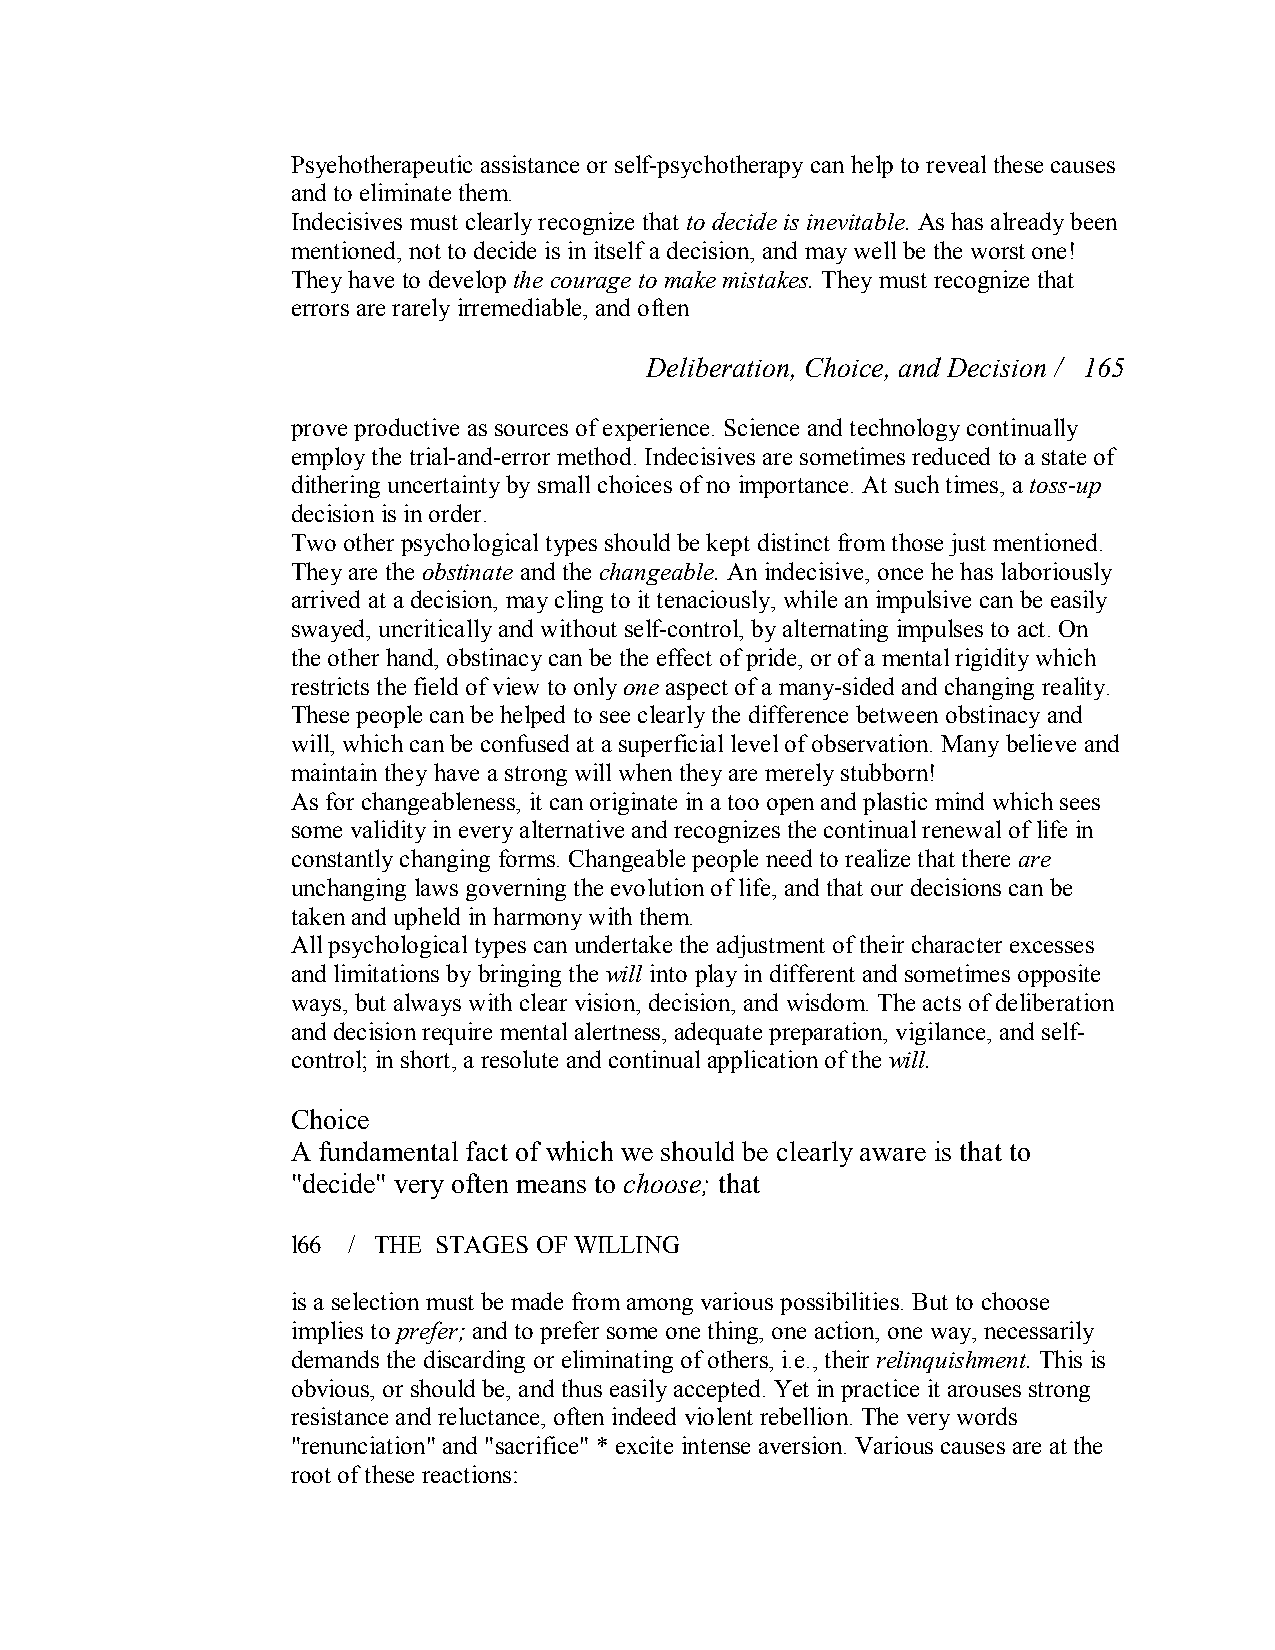
Psyehotherapeutic assistance or self­psychotherapy can help to reveal these causes
 and to eliminate them.
 Indecisives must clearly recognize that to decide is inevitable. As has already been
 mentioned, not to decide is in itself a decision, and may well be the worst one!
 They have to develop the courage to make mistakes. They must recognize that
 errors are rarely irremediable, and often
 Deliberation, Choice, and Decision / 165
 prove productive as sources of experience. Science and technology continually
 employ the trial­and­error method. Indecisives are sometimes reduced to a state of
 dithering uncertainty by small choices of no importance. At such times, a toss­up
 decision is in order.
 Two other psychological types should be kept distinct from those just mentioned.
 They are the obstinate and the changeable. An indecisive, once he has laboriously
 arrived at a decision, may cling to it tenaciously, while an impulsive can be easily
 swayed, uncritically and without self­control, by alternating impulses to act. On
 the other hand, obstinacy can be the effect of pride, or of a mental rigidity which
 restricts the field of view to onlyone aspect of a many­sided and changing reality.
 These people can be helped to see clearly the difference between obstinacy and
 will, which can be confused at a superficial level of observation. Many believe and
 maintain they have a strong will when they are merely stubborn!
 As for changeableness, it can originate in a too open and plastic mind which sees
 some validity in every alternative and recognizes the continual renewal of life in
 constantly changing forms. Changeable people need to realize that there are
 unchanging laws governing the evolution of life, and that our decisions can be
 taken and upheld in harmony with them.
 All psychological types can undertake the adjustment of their character excesses
 and limitations by bringing the will into play in different and sometimes opposite
 ways, but always with clear vision, decision, and wisdom. The acts of deliberation
 and decision require mental alertness, adequate preparation, vigilance, and self­
 control; in short, a resolute and continual application of the will.
 Choice
 A fundamental fact of which we should be clearly aware is that to
 "decide" very often means to choose; that
 l66 / THE STAGES OF WILLING
 is a selection must be made from among various possibilities. But to choose
 implies to prefer;and to prefer some one thing, one action, one way, necessarily
 demands the discarding or eliminating of others, i.e., their relinquishment. This is
 obvious, or should be, and thus easily accepted. Yet in practice it arouses strong
 resistance and reluctance, often indeed violent rebellion. The very words
 "renunciation" and "sacrifice" * excite intense aversion. Various causes are at the
 root of these reactions: